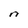
Character: n